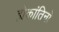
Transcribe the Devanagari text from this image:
ह्येकांतिनो